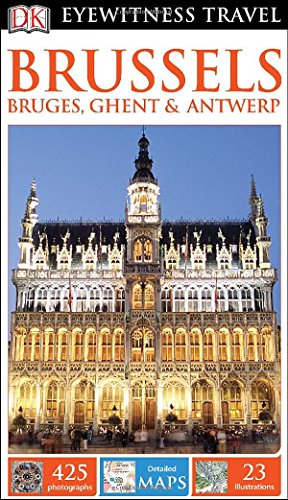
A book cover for DK Eyewitness Travel Guide: Brussels, Bruges, Ghent & Antwerp; DK Publishing; Travel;